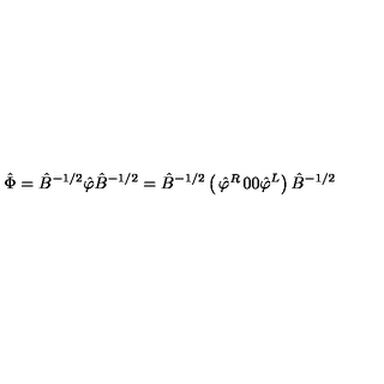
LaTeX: \hat { \Phi } = \hat { B } ^ { - 1 / 2 } \hat { \varphi } \hat { B } ^ { - 1 / 2 } = \hat { B } ^ { - 1 / 2 } \left( \begin{matrix} { \hat { \varphi } ^ { R } } & { 0 } \\ { 0 } & { \hat { \varphi } ^ { L } } \\ \end{matrix} \right) \hat { B } ^ { - 1 / 2 }